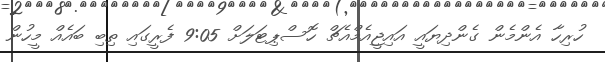
ހުރިހާ އެންމެން ގެންދިޔައީ އައިޖީއެމްއެޗް ހޮސްޕިޓަލަށް 9:05 ފެރީގައި ތިބި ބައެއް މީހުން